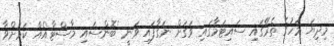
މިދިޔަ މަހުގެ ތެރޭގައި ސައިޓަމާގައި ވަގަށް ނަގާފައި ވަނީ 'ބޮންސައި މާސްޓާ'އެއް ކަމަށްވާ